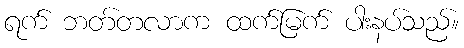
ရက် ဘတ်တလာက ထက်မြက် ပါးနပ်သည်။